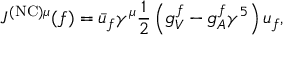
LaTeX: J ^ { \mathrm { ( N C ) } \mu } ( f ) = { \bar { u } } _ { f } \gamma ^ { \mu } { \frac { 1 } { 2 } } \left( g _ { V } ^ { f } - g _ { A } ^ { f } \gamma ^ { 5 } \right) u _ { f } ,